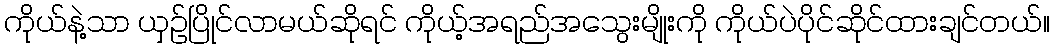
ကိုယ်နဲ့သာ ယှဉ်ပြိုင်လာမယ်ဆိုရင် ကိုယ့်အရည်အသွေးမျိုးကို ကိုယ်ပဲပိုင်ဆိုင်ထားချင်တယ်။